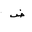
Letter: _dad